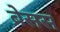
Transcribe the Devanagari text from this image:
ब्रेसस